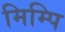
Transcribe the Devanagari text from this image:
मिम्पि